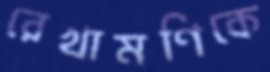
রেখামণিকে